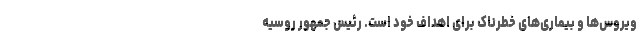
ویروس‌ها و بیماری‌های خطرناک برای اهداف خود است. رئیس جمهور روسیه